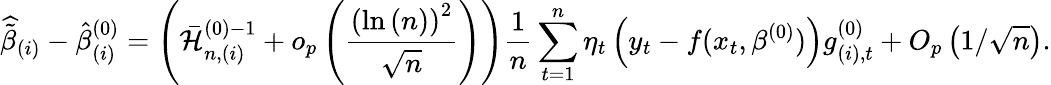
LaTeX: \widehat{\tilde{\beta}}_{(i)}-\hat{\beta}_{(i)}^{(0)}=\left(\mathcal{\bar{H}}_{n,(i)}^{(0)-1}+o_{p}\left(\frac{\left(\ln\left(n\right)\right)^{2}}{\sqrt{n}}\right)\right)\frac{1}{n}\sum_{t=1}^{n}\eta_{t}\left(y_{t}-f(x_{t},\beta^{(0)})\right)g_{(i),t}^{(0)}+O_{p}\left(1/\sqrt{n}\right).